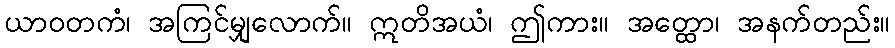
ယာဝတကံ၊ အကြင်မျှလောက်။ ဣတိအယံ၊ ဤကား။ အတ္ထော၊ အနက်တည်း။